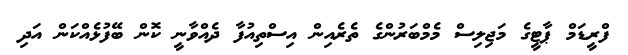
ފްރީޑަމް ޕާޓީގެ މަޖިލިސް މެމްބަރުންގެ ތެރެއިން އިސްތިއުފާ ދެއްވާނީ ކޮން ބޭފުޅެއްކަން އަދި